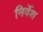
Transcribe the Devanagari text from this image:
निर्वेश